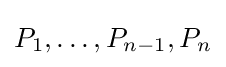
P_{1},\ldots ,P_{n-1},P_{n}